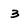
Character: 3